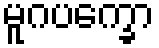
မူဂပက္ခော